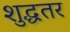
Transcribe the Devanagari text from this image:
शुद्धतर